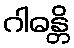
ဂါဓန္တိ